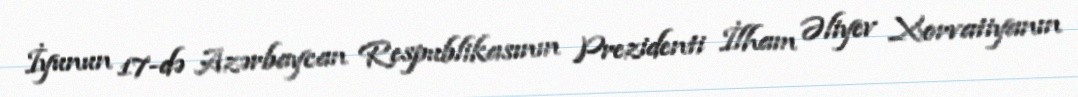
İyunun 17-də Azərbaycan Respublikasının Prezidenti İlham Əliyev Xorvatiyanın